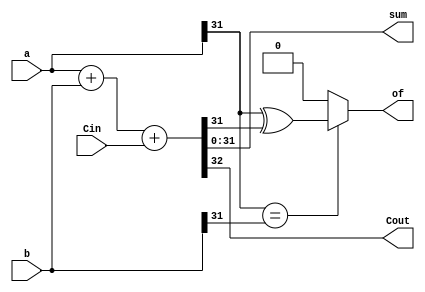
module VerilogAdder (a,b,Cin,sum,Cout,of);
input [31:0] a;
    input [31:0] b;
    input Cin;
    output [31:0] sum;
    output Cout;
    output of;
    assign {Cout,sum} = a + b+ Cin;
    assign of = (a[31] == b[31])? (a[31] ^ sum[31]) : 'b0;
endmodule